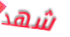
شهد